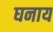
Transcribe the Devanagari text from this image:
घनाय